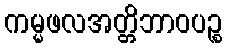
ကမ္မဖလအတ္တိဘာဝပဉ္စ